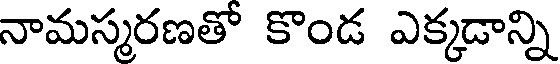
నామస్మరణతో కొండ ఎక్కడాన్ని